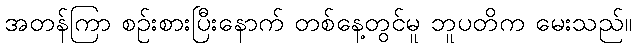
အတန်ကြာ စဉ်းစားပြီးနောက် တစ်နေ့တွင်မူ ဘူပတိက မေးသည်။